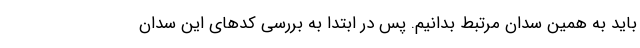
باید به همین سدان مرتبط بدانیم. پس در ابتدا به بررسی کدهای این سدان